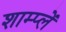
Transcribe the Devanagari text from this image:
शाम्प्लें